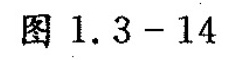
图1.3-14